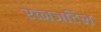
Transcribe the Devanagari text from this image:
रत्नजटिल